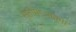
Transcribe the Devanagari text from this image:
स्तोमऽआत्मा